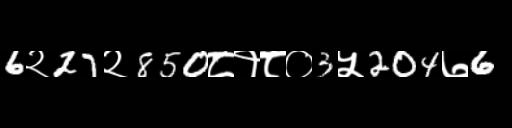
Text: 6२27२850८१८०3५204७6